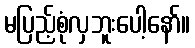
မပြည့်စုံလှဘူးပေါ့နော်။